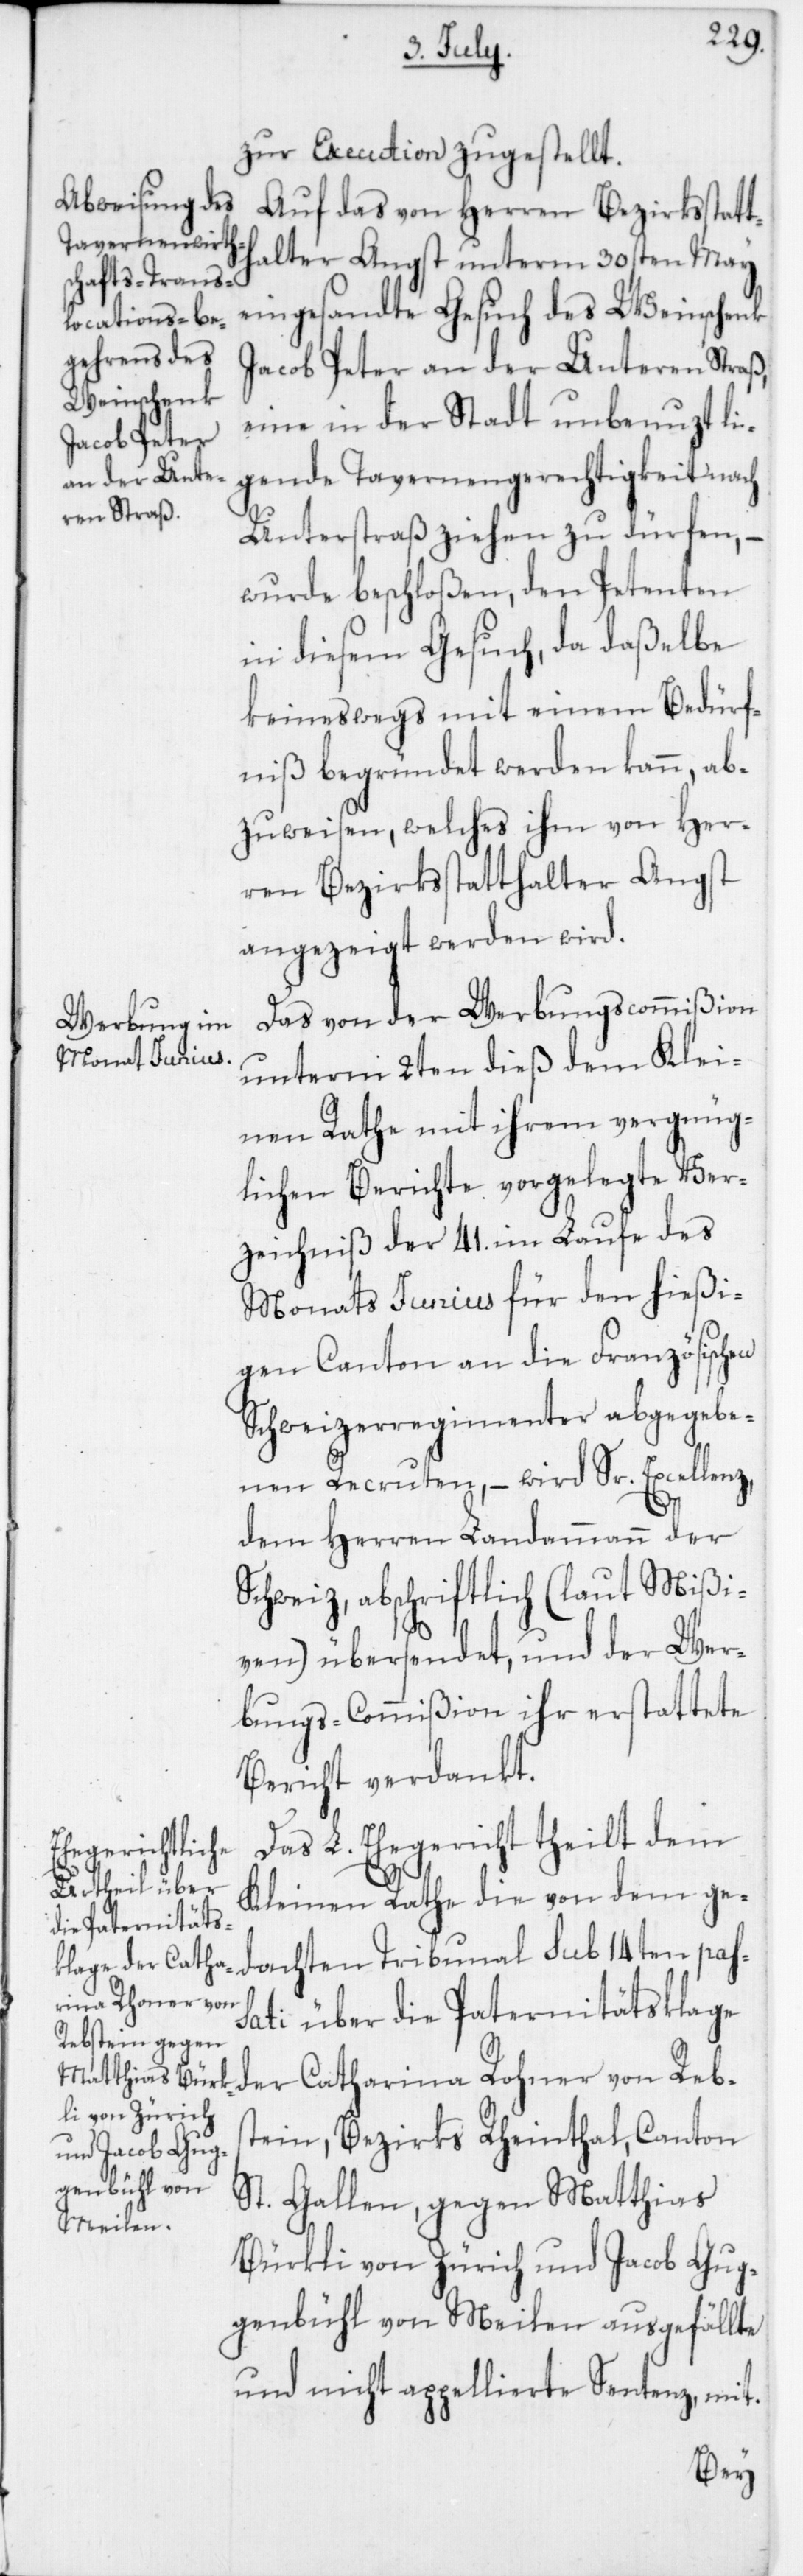
zur Execution zugestellt.
Auf das von Herren Bezirksstatt¬
halter Angst unterm 30sten May
achten Tribunal
eingesandte Gesuch des Weinschenk
Jacob Peter an der Unteren Straß,
eine in der Stadt unbenuzt li¬
gende Tavernengerechtigkeit nach
Unterstraß ziehen zu dürfen, –
wurde beschloßen, den Petenten
in diesem Gesuch, da daßelbe
keineswegs mit einem Bedürf¬
niß begründet werden kann, ab¬
zuweisen, welches ihm von Her¬
ren Bezirksstatthalter Angst
angezeigt werden wird.
Das von der Werbungscommißion
unterm 2ten dieß dem Klei¬
nen Rathe mit ihrem vergnüg¬
lichen Berichte vorgelegte Ver¬
zeichniß der 41. im Laufe des
Monats Junius für den hießi¬
gen Canton an die Französischen
Schweizerregimenter abgegebe¬
nen Recruten, – wird Sr. Excellenz,
dem Herren Landammann der
Schweiz, abschriftlich (laut Mißi¬
ven) übersendet, und der Wer¬
bungs-Commißion ihr erstattete
Bericht verdankt.
Das L. Ehegericht theilt dem
Kleinen Rathe die von dem ged¬
sati über die Paternitätsklage
der Catharina Rohner von Rebs¬
tein, Bezirks Rheinthal, Canton
St. Gallen, gegen Matthias
Bürkli von Zürich und Jacob Gug¬
genbühl von Meilen ausgefällte
und nicht appellierte Sentenz, mit.
pas¬